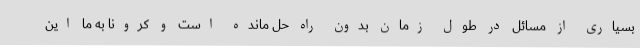
بسیاری از مسائل در طول زمان بدون راه حل مانده است و کرونا به ما این